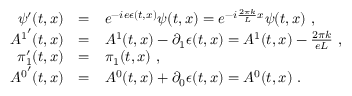
\begin{array} { r c l } { { \psi ^ { \prime } ( t , x ) } } & { { = } } & { { e ^ { - i e \epsilon ( t , x ) } \psi ( t , x ) = e ^ { - i \frac { 2 \pi k } { L } x } \psi ( t , x ) \ , } } \\ { { { A ^ { 1 } } ^ { \prime } ( t , x ) } } & { { = } } & { { A ^ { 1 } ( t , x ) - \partial _ { 1 } \epsilon ( t , x ) = A ^ { 1 } ( t , x ) - \frac { 2 \pi k } { e L } \ , } } \\ { { \pi _ { 1 } ^ { \prime } ( t , x ) } } & { { = } } & { { \pi _ { 1 } ( t , x ) \ , \ } } \\ { { { A ^ { 0 } } ^ { \prime } ( t , x ) } } & { { = } } & { { A ^ { 0 } ( t , x ) + \partial _ { 0 } \epsilon ( t , x ) = A ^ { 0 } ( t , x ) \ . } } \end{array}